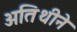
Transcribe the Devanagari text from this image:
अतिथीनॆ